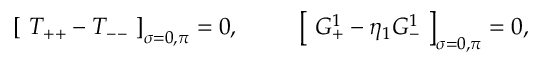
\left[ \, \, T _ { + + } - T _ { -- } \, \, \right] _ { \sigma = 0 , \pi } = 0 , \, \, \, \, \, \, \, \, \, \, \, \, \, \, \, \left[ \, \, G _ { + } ^ { 1 } - \eta _ { 1 } G _ { - } ^ { 1 } \, \, \right] _ { \sigma = 0 , \pi } = 0 ,